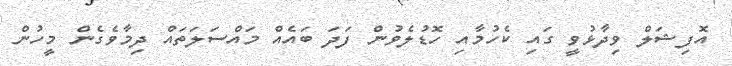
އޮފިޝަލް ވިދާޅުވީ ގައި ކެހުމާއި ހޮޑުލެވުން ފަދަ ބައެއް މައްސަލަތައް ދިމާވެގެން މީހުން